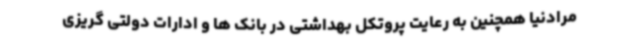
مرادنیا همچنین به رعایت پروتکل بهداشتی در بانک ها و ادارات دولتی گریزی